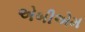
એબીએમ